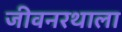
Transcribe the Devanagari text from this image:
जीवनरथाला